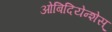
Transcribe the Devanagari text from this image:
ओबिदियेन्शेस्